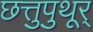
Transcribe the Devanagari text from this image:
छत्तुपुथूर्